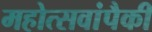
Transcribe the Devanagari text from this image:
महोत्सवांपैकी